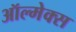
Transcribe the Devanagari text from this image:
ऑल्मेक्स